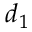
d _ { 1 }